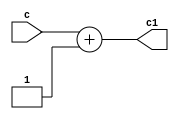
`timescale 1ns / 1ps
//////////////////////////////////////////////////////////////////////////////////
// Company:        San Diego State University
// 
// Design Name: 
// Module Name:    increment 
// Project Name: 
// Target Devices: 
// Tool versions: 
// Description: 
//
// Dependencies: 
//
// Revision: 
// Revision 0.01 - File Created
// Additional Comments: 
// This program is free software: you can redistribute it and/or modify
// it under the terms of the GNU General Public License as published by
// the Free Software Foundation, either version 3 of the License, or
// (at your option) any later version.
//
// This program is distributed in the hope that it will be useful,
// but WITHOUT ANY WARRANTY; without even the implied warranty of
// MERCHANTABILITY or FITNESS FOR A PARTICULAR PURPOSE.  See the
// GNU General Public License for more details.
//
// You should have received a copy of the GNU General Public License
// along with this program.  
// If not, see <https://www.gnu.org/licenses/>
//////////////////////////////////////////////////////////////////////////////////
module increment(
    input c,
    output c1
    );
  
   assign c1 = c + 1;
endmodule